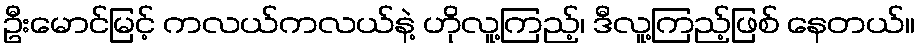
ဦးမောင်မြင့် ကလယ်ကလယ်နဲ့ ဟိုလူ့ကြည့်၊ ဒီလူ့ကြည့်ဖြစ် နေတယ်။